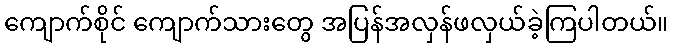
ကျောက်စိုင် ကျောက်သားတွေ အပြန်အလှန်ဖလှယ်ခဲ့ကြပါတယ်။